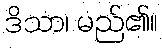
ဒိသာ၊ မည်၏။